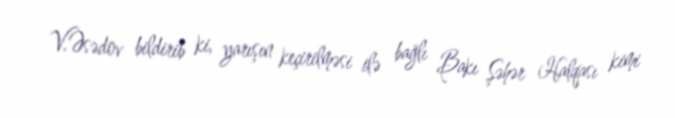
V.Əsədov bildirib ki, yarışın keçirilməsi ilə bağlı Bakı Şəhər Halqası kimi